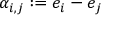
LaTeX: \alpha _ { i , j } : = e _ { i } - e _ { j }